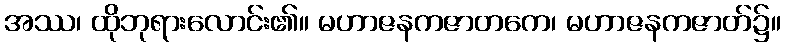
အဿ၊ ထိုဘုရားလောင်း၏။ မဟာဇနကဇာတကေ၊ မဟာဇနကဇာတ်၌။